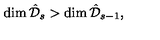
\dim { \hat { \mathcal { D } } _ { s } } > \dim { \hat { \mathcal { D } } _ { s - 1 } } ,